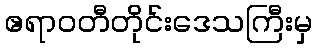
ဧရာဝတီတိုင်းဒေသကြီးမှ